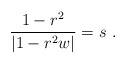
\begin{align*} \frac{1-r^2}{|1-r^2 w|}=s\ .\end{align*}